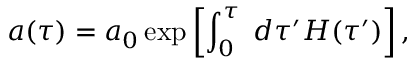
a ( \tau ) = a _ { 0 } \exp \left[ \int _ { 0 } ^ { \tau } \; d \tau ^ { \prime } H ( \tau ^ { \prime } ) \right] ,